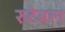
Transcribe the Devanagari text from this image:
रुटेबल